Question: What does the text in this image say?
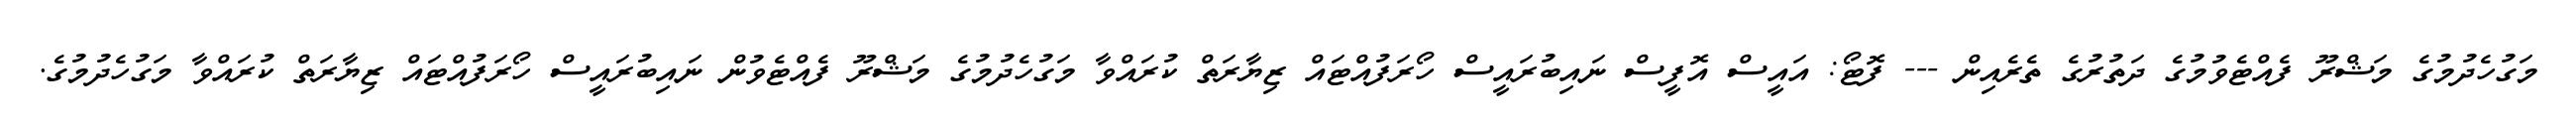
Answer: މަގުހެދުމުގެ މަޝްރޫ ފެއްޓެވުމުގެ ދަތުރުގެ ތެރެއިން --- ފޮޓޯ: އައީސް އޮފީސް ނައިބުރައީސް ހޯރަފުއްޓައް ޒިޔާރަތް ކުރައްވާ މަގުހެދުމުގެ މަޝްރޫ ފެއްޓެވުން ނައިބުރައީސް ހޯރަފުއްޓައް ޒިޔާރަތް ކުރައްވާ މަގުހެދުމުގެ.